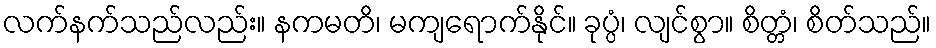
လက်နက်သည်လည်း။ နကမတိ၊ မကျရောက်နိုင်။ ခုပ္ပံ၊ လျင်စွာ။ စိတ္တံ၊ စိတ်သည်။